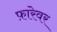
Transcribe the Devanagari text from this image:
फ़ारेवर